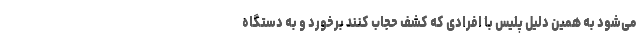
می‌شود به همین دلیل پلیس با افرادی که کشف حجاب کنند برخورد و به دستگاه